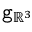
\mathtt { g } _ { \mathbb { R } ^ { 3 } }